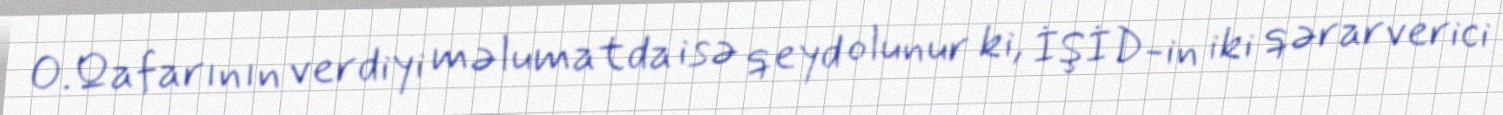
O.Qafarının verdiyi məlumatda isə qeyd olunur ki, İŞİD-in iki qərarverici